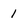
Character: 1